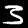
Digit: 3